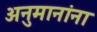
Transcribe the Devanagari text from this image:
अनुमानांना